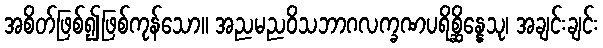
အစိတ်ဖြစ်၍ဖြစ်ကုန်သော။ အညမညဝိသဘာဂလက္ခဏပရိစ္ဆိန္နေသု၊ အချင်းချင်း